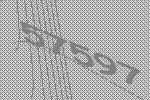
57597